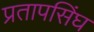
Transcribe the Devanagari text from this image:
प्रतापसिंघ